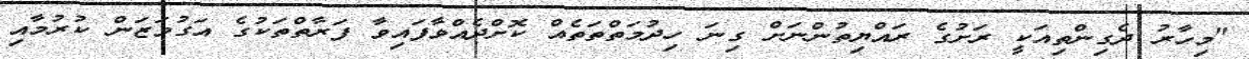
"މިހާރު ދެގިންތިއަކީ ރަށުގެ ރައްޔިތުންނަށް ގިނަ ހިދުމަތްތަތެއް ކޮށްދެއްވާފައިވާ ފަރާތްތަކުގެ އަގުވަޒަން ކުރުމާއި